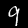
Digit: 9